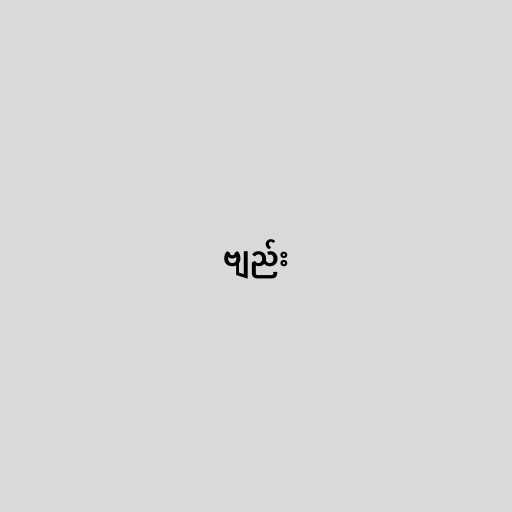
ဗျည်း